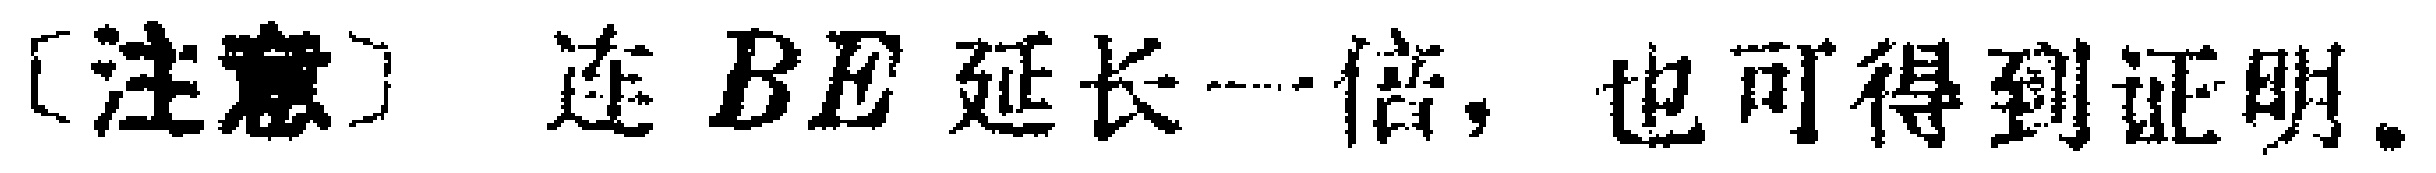
[注意] 连 \(BE\) 延长一倍，也可得到证明。